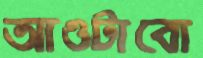
আওটাবো